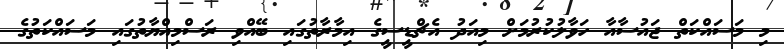
މި މަސައްކަތް ޖައުސާއާ ހަވާލުކުރުމަށް މިއަދު އެޗްޑީސީގެ އިމާރާތުގައި ބޭއްވި ރަސްމިއްޔާތުގައި މަސައްކަތުގެ